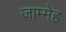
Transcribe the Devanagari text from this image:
जाम्मेह